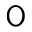
\textsf { O }